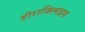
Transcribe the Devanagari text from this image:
हीराक्लिडस